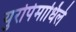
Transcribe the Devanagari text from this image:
युरोपेमाधिले